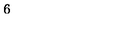
6